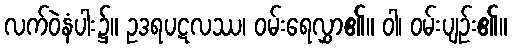
လက်ဝဲနံပါး၌။ ဥဒရပဋလဿ၊ ဝမ်းရေလွှာ၏။ ဝါ၊ ဝမ်းပျဉ်း၏။